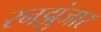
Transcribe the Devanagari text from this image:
रनझुंजार